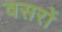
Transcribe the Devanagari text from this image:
वसरों